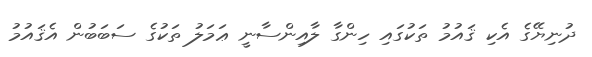
ދުނިޔޭގެ އެކި ޤައުމު ތަކުގައި ހިންގާ ލާއިންސާނީ ޢަމަލު ތަކުގެ ސަބަބުން އެޤައުމު